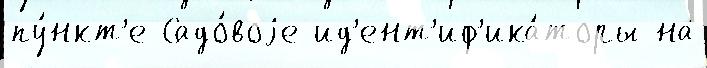
пу́нкт'е Садо́воjе ид'ент'иф'ика́торы на